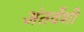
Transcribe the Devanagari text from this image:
अंतर्वेंशी